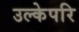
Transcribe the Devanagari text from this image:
उल्केपरि